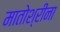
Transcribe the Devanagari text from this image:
मातोश्रीना